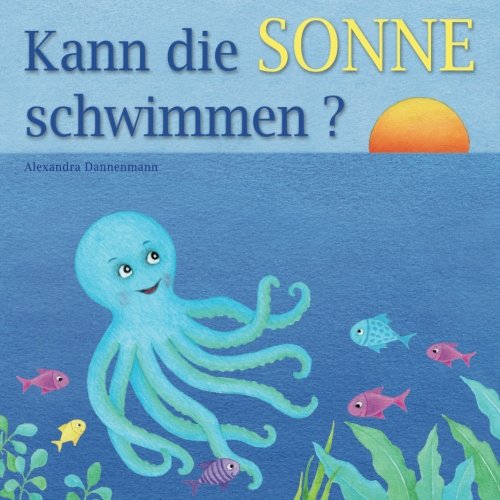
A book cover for Kann die Sonne schwimmen?: Ein Bilderbuch mit vielen farbigen Illustrationen ab 2 Jahren. (German Edition); Alexandra Dannenmann; Children's Books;